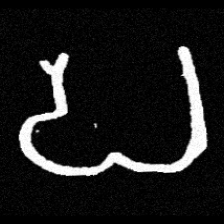
Pyu character \u2014 Myanmar letter: ပ (romanized: pa)